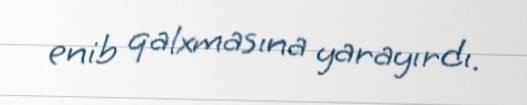
enib qalxmasına yarayırdı.